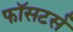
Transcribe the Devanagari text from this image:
फॉसटर्स